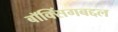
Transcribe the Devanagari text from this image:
बॉक्सिंगबद्दल